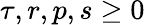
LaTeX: \tau,r,p,s\geq 0